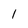
Character: l